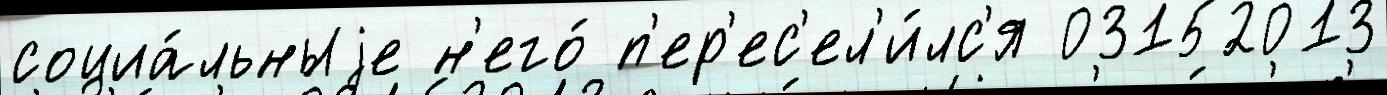
социа́льныjе н'его́ п'ер'ес'ел'и́лс'я 03152013